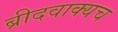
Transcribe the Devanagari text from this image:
ब्रीदवाक्यच